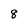
Character: 8